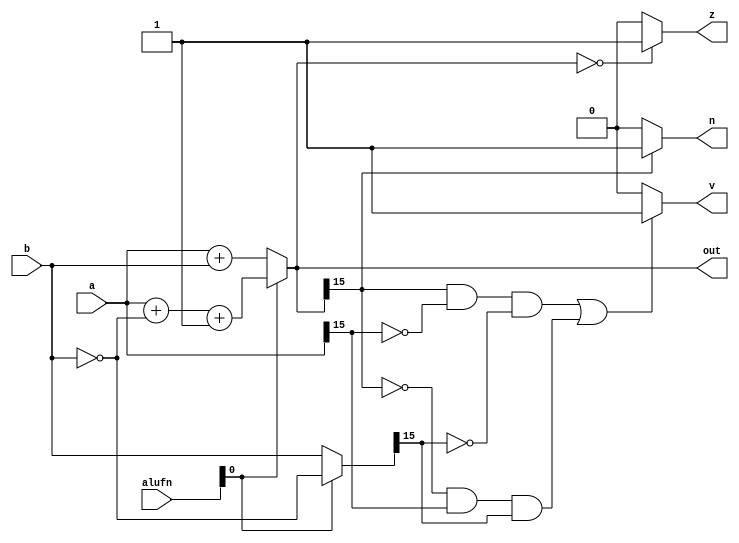
module adder_9 (
    input [15:0] a,
    input [15:0] b,
    output reg [15:0] out,
    output reg z,
    output reg v,
    output reg n,
    input [6:0] alufn
  );
  
  
  
  reg [15:0] msbout;
  
  reg [15:0] xb;
  
  always @* begin
    if (alufn[0+0-:1] == 1'h0) begin
      xb = $signed(b);
      msbout = $signed(a) + $signed(xb);
    end else begin
      xb = ~b;
      msbout = $signed(a) + $signed(xb) + 1'h1;
    end
    if (msbout == 1'h0) begin
      z = 1'h1;
    end else begin
      z = 1'h0;
    end
    if (msbout[15+0-:1] == 1'h1) begin
      n = 1'h1;
    end else begin
      n = 1'h0;
    end
    if ((msbout[15+0-:1] == 1'h1 && a[15+0-:1] == 1'h0 && xb[15+0-:1] == 1'h0) || (msbout[15+0-:1] == 1'h0 && a[15+0-:1] == 1'h1 && xb[15+0-:1] == 1'h1)) begin
      v = 1'h1;
    end else begin
      v = 1'h0;
    end
    out = msbout[0+15-:16];
  end
endmodule